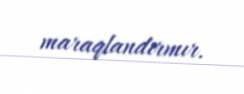
maraqlandırmır.